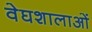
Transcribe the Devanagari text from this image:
वेघशालाओं